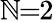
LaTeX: \mathbb{N}\! \! =\! \! 2